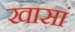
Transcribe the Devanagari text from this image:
खासां